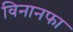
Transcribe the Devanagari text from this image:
विनानफा